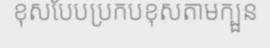
ខុសបែបប្រកបខុសតាមក្បួន